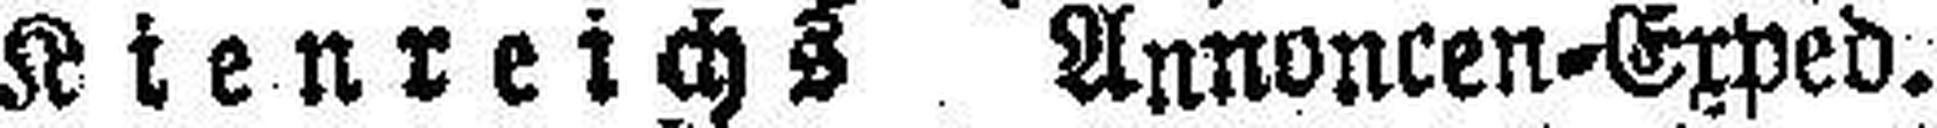
Kienreichs Annoncen=Exped.